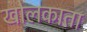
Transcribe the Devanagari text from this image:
खोलकाता